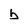
Character: b